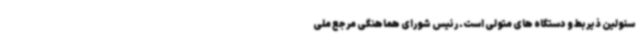
سئولین ذیربط و دستگاه های متولی است. رئیس شورای هماهنگی مرجع ملی